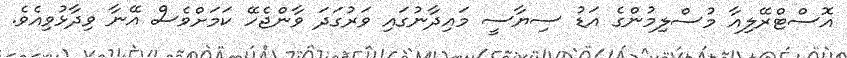
އޮސްޓްރޭލިއާ މުސްލިމުންގެ އަޑު ސިޔާސީ މައިދާނުގައި ވަރުގަދަ ވާންޖެހޭ ކަމަށްވެސް އޭނާ ވިދާޅުވިއެވެ.